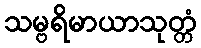
သမ္ဗရိမာယာသုတ္တံ